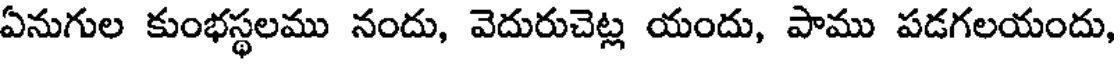
ఏనుగుల కుంభస్థలము నందు, వెదురుచెట్ల యందు, పాము పడగలయందు,